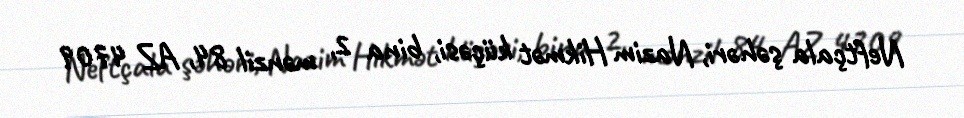
Neftçala şəhəri, Nazim Hikmət küçəsi, bina 2, mənzil 84, AZ 4709